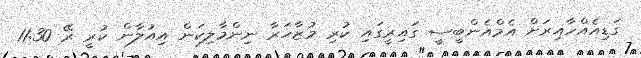
ގަޑިއެއްހާއިރަށް އެމްއެންބީސީ ގައިރީގައި ކުރި މުޒާހަރާ ނިންމާލިކަން އިއުލާން ކުރީ ރޭ 11:30